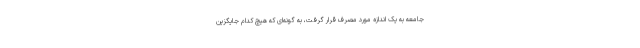
جامعه به یک اندازه مورد مصرف قرار گرفت، به گونه‌ای که هیچ کدام جایگزین